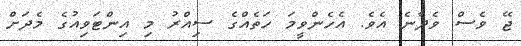
ޖޭ ވެސް ވެދާނެ އެވެ. އެހެންވީމަ ހަތެއްގެ ސިއްރު މި އިންޓަވިއުގެ މެދަށް